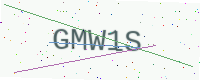
Text: GMW1S